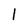
Character: 1